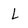
Character: L